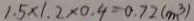
1 . 5 \times 1 . 2 \times 0 . 4 = 0 . 7 2 ( m ^ { 3 } )